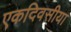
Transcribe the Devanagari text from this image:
एकदिवसीया